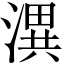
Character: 潩